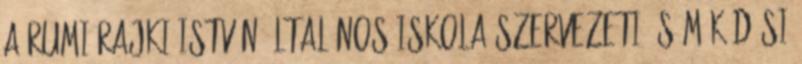
A RUMI RAJKI ISTVÁN ÁLTALÁNOS ISKOLA SZERVEZETI ÉS MŰKÖDÉSI